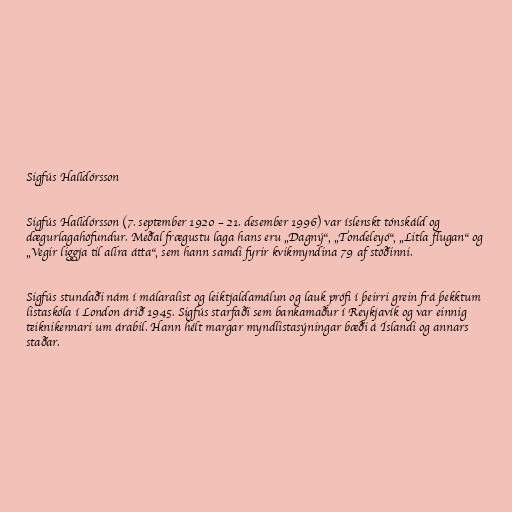
Sigfús Halldórsson

Sigfús Halldórsson (7. september 1920 – 21. desember 1996) var íslenskt tónskáld og
dægurlagahöfundur. Meðal frægustu laga hans eru „Dagný“, „Tondeleyó“, „Litla flugan“ og
„Vegir liggja til allra átta“, sem hann samdi fyrir kvikmyndina 79 af stöðinni.

Sigfús stundaði nám í málaralist og leiktjaldamálun og lauk prófi í þeirri grein frá þekktum
listaskóla í London árið 1945. Sigfús starfaði sem bankamaður í Reykjavík og var einnig
teiknikennari um árabil. Hann hélt margar myndlistasýningar bæði á Íslandi og annars
staðar.